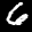
Label: 6